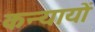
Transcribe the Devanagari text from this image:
कन्यायों